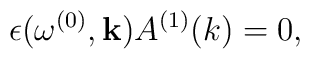
\epsilon(\omega^{(0)}, {\bf k})A^{(1)}(k)=0,